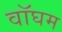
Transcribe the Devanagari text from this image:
वॉघम